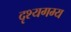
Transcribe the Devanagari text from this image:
दृश्यगम्य